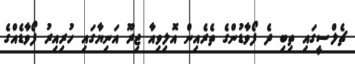
ޗެލްސީގައި ތިބި ދެ ފޯވާޑުންގެ ތެރެއިން އޮލިވިއާ ޖިރޫ އަނިޔާގައި ހުރިއިރު ފޯވާޑެއްގެ